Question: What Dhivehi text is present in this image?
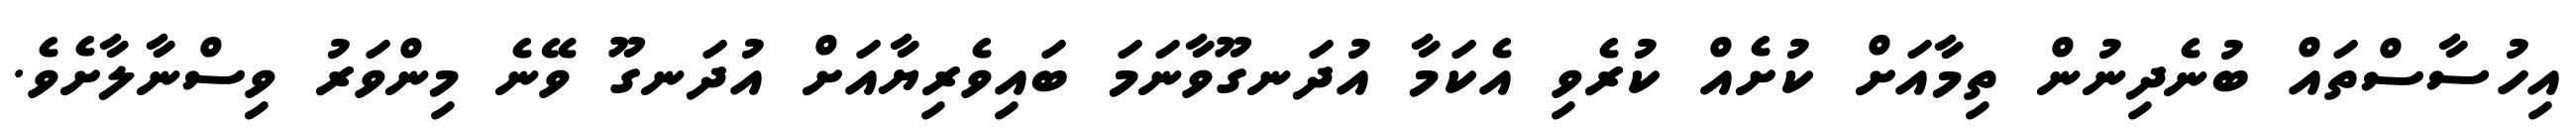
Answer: އިހުސާސްތައް ބުނެދިނުން ތިމާއަށް ކުށެއް ކުރެވި އެކަމާ އުދަނގޫވާނަމަ ބައިވެރިޔާއަށް އުދަނގޫ ވޭނެ މިންވަރު ވިސްނާލާށެވެ.